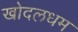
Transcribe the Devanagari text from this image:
खोदलधम